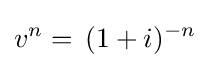
v^{n}=\,(1+i)^{-n}